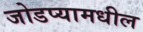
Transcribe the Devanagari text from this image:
जोडप्यामधील